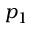
p _ { 1 }